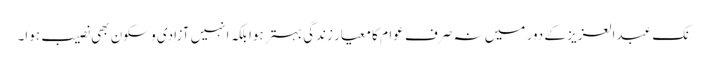
نک عبدالعزیز کے دور میں نہ صرف عوام کا معیارِ زندگی بہتر ہوا بلکہ انہیں آزادی و سکون بھی نصیب ہوا۔